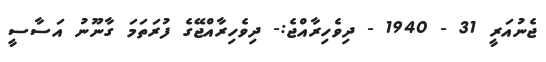
ޖެނުއަރީ 31 - 1940 - ދިވެހިރާއްޖެ:- ދިވެހިރާއްޖޭގެ ފުރަތަމަ ގާނޫނު އަސާސީ